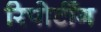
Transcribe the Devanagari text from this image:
रिपोर्टींग